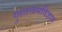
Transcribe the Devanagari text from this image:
गुरुतत्त्वमविज्ञाय